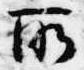
所